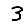
Digit: 3